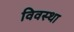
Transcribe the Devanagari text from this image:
विवस्था